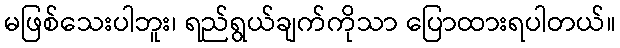
မဖြစ်သေးပါဘူး၊ ရည်ရွယ်ချက်ကိုသာ ပြောထားရပါတယ်။